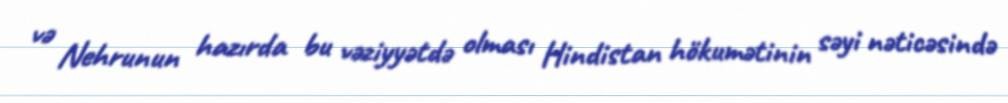
və Nehrunun hazırda bu vəziyyətdə olması Hindistan hökumətinin səyi nəticəsində